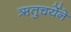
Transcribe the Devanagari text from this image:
ऋतुचर्येने